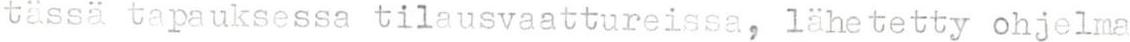
tässä tapauksessa tilausvaattureissa, lähetetty ohjelma